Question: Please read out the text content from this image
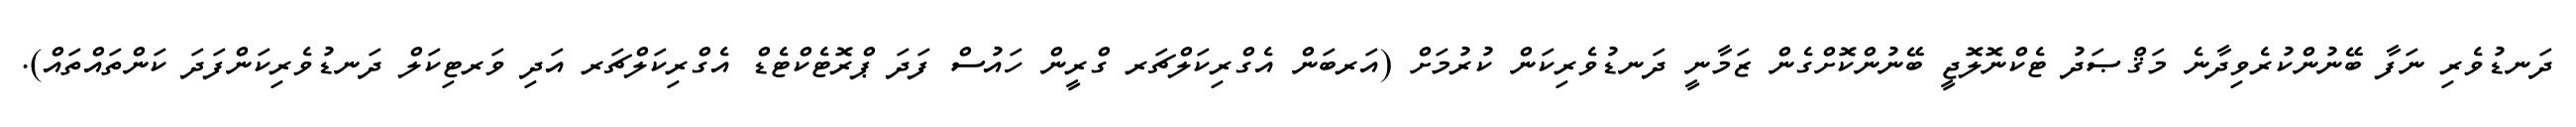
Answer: ދަނޑުވެރި ނަފާ ބޭނުންކުރެވިދާނެ މަޤްޞަދު ޓެކްނޮލޮޖީ ބޭނުންކޮށްގެން ޒަމާނީ ދަނޑުވެރިކަން ކުރުމަށް (އަރބަން އެގްރިކަލްޗަރ ގްރީން ހައުސް ފަދަ ޕްރޮޓެކްޓެޑް އެގްރިކަލްޗަރ އަދި ވަރޓިކަލް ދަނޑުވެރިކަންފަދަ ކަންތައްތައް).